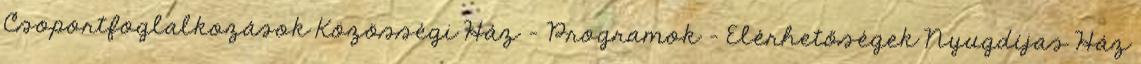
Csoportfoglalkozások Közösségi Ház - Programok - Elérhetőségek Nyugdíjas Ház